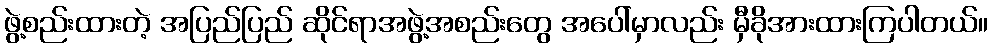
ဖွဲ့စည်းထားတဲ့ အပြည်ပြည် ဆိုင်ရာအဖွဲ့အစည်းတွေ အပေါ်မှာလည်း မှီခိုအားထားကြပါတယ်။